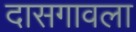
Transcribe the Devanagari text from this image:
दासगावला